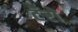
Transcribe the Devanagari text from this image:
टॅरो